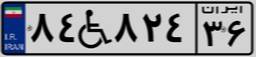
۸۴W۸۲۴۳۶